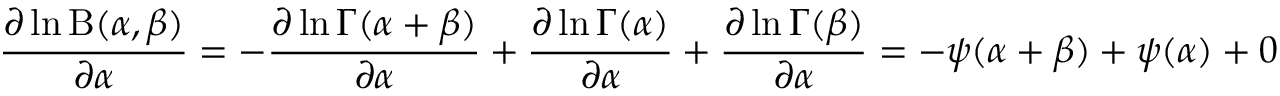
{ \frac { \partial \ln \mathrm { B } ( \alpha , \beta ) } { \partial \alpha } } = - { \frac { \partial \ln \Gamma ( \alpha + \beta ) } { \partial \alpha } } + { \frac { \partial \ln \Gamma ( \alpha ) } { \partial \alpha } } + { \frac { \partial \ln \Gamma ( \beta ) } { \partial \alpha } } = - \psi ( \alpha + \beta ) + \psi ( \alpha ) + 0